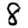
Digit: 8